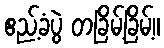
ဧည့်ခံပွဲ တခြိမ့်ခြိမ့်။